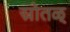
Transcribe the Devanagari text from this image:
स्रोतळ्